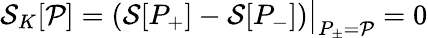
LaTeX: {\cal S}_{K}[{\cal P}]=({\cal S}[P_{+}]-{\cal S}[P_{-}])\bigr|_{P_{\pm}={\cal P}}=0